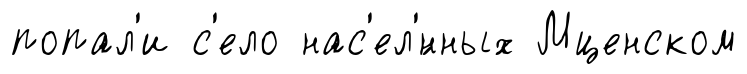
попал'и с'ело нас'ел'́нных Мценском